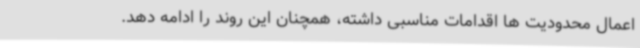
اعمال محدودیت ها اقدامات مناسبی داشته، همچنان این روند را ادامه دهد.